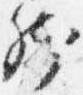
然